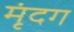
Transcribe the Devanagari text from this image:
मृंदग